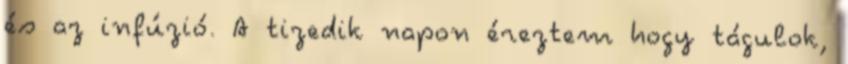
és az infúzió. A tizedik napon éreztem hogy tágulok,